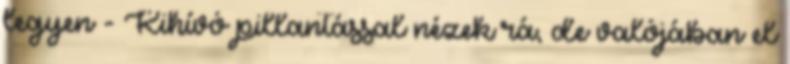
legyen - Kihívó pillantással nézek rá, de valójában el